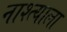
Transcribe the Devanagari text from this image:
नाश्त्याला